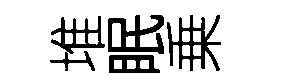
堆眠乗